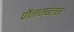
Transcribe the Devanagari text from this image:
पौनाम्बलम